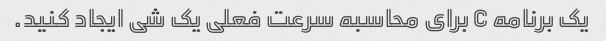
یک برنامه C برای محاسبه سرعت فعلی یک شی ایجاد کنید.